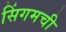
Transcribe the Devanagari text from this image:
सिंगमची